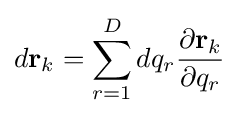
d\mathbf {r} _{k}=\sum _{r=1}^{D}dq_{r}{\frac {\partial \mathbf {r} _{k}}{\partial q_{r}}}